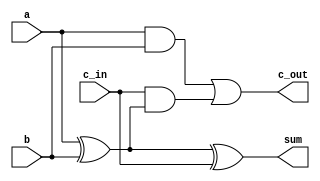
module Full_adder (
input a,b, c_in , // Define input ports a, b and c_in
output sum , c_out ); // Define output ports sum and c_out
assign sum = a ^ b ^ c_in ; // Define Sum logic
assign c_out = ((a & b)| ( c_in & (a ^ b ))); // Define Carry_out logic
endmodule